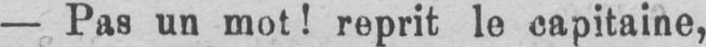
- Pas un mot! reprit le capitaine,